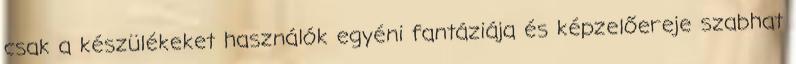
csak a készülékeket használók egyéni fantáziája és képzelőereje szabhat